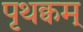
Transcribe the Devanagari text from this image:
पृथक्वम्